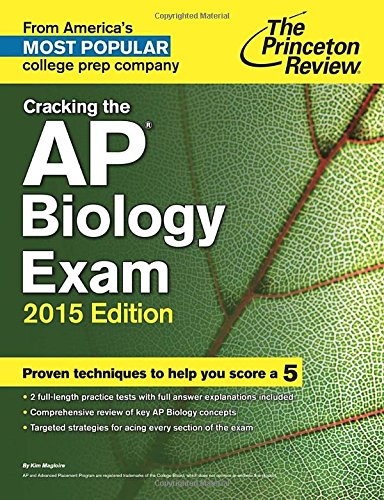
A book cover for Cracking the AP Biology Exam, 2015 Edition (College Test Preparation); Princeton Review; Test Preparation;